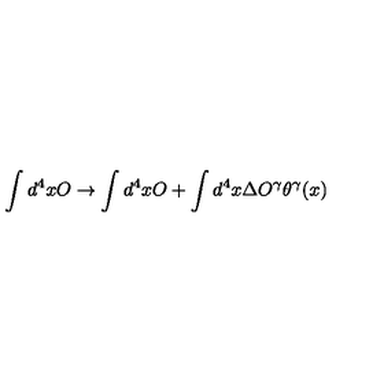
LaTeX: \int d ^ { 4 } x O \rightarrow \int d ^ { 4 } x O + \int d ^ { 4 } x \Delta O ^ { \gamma } \theta ^ { \gamma } ( x )